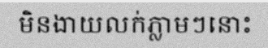
មិនងាយលក់ភ្លាមៗនោះ